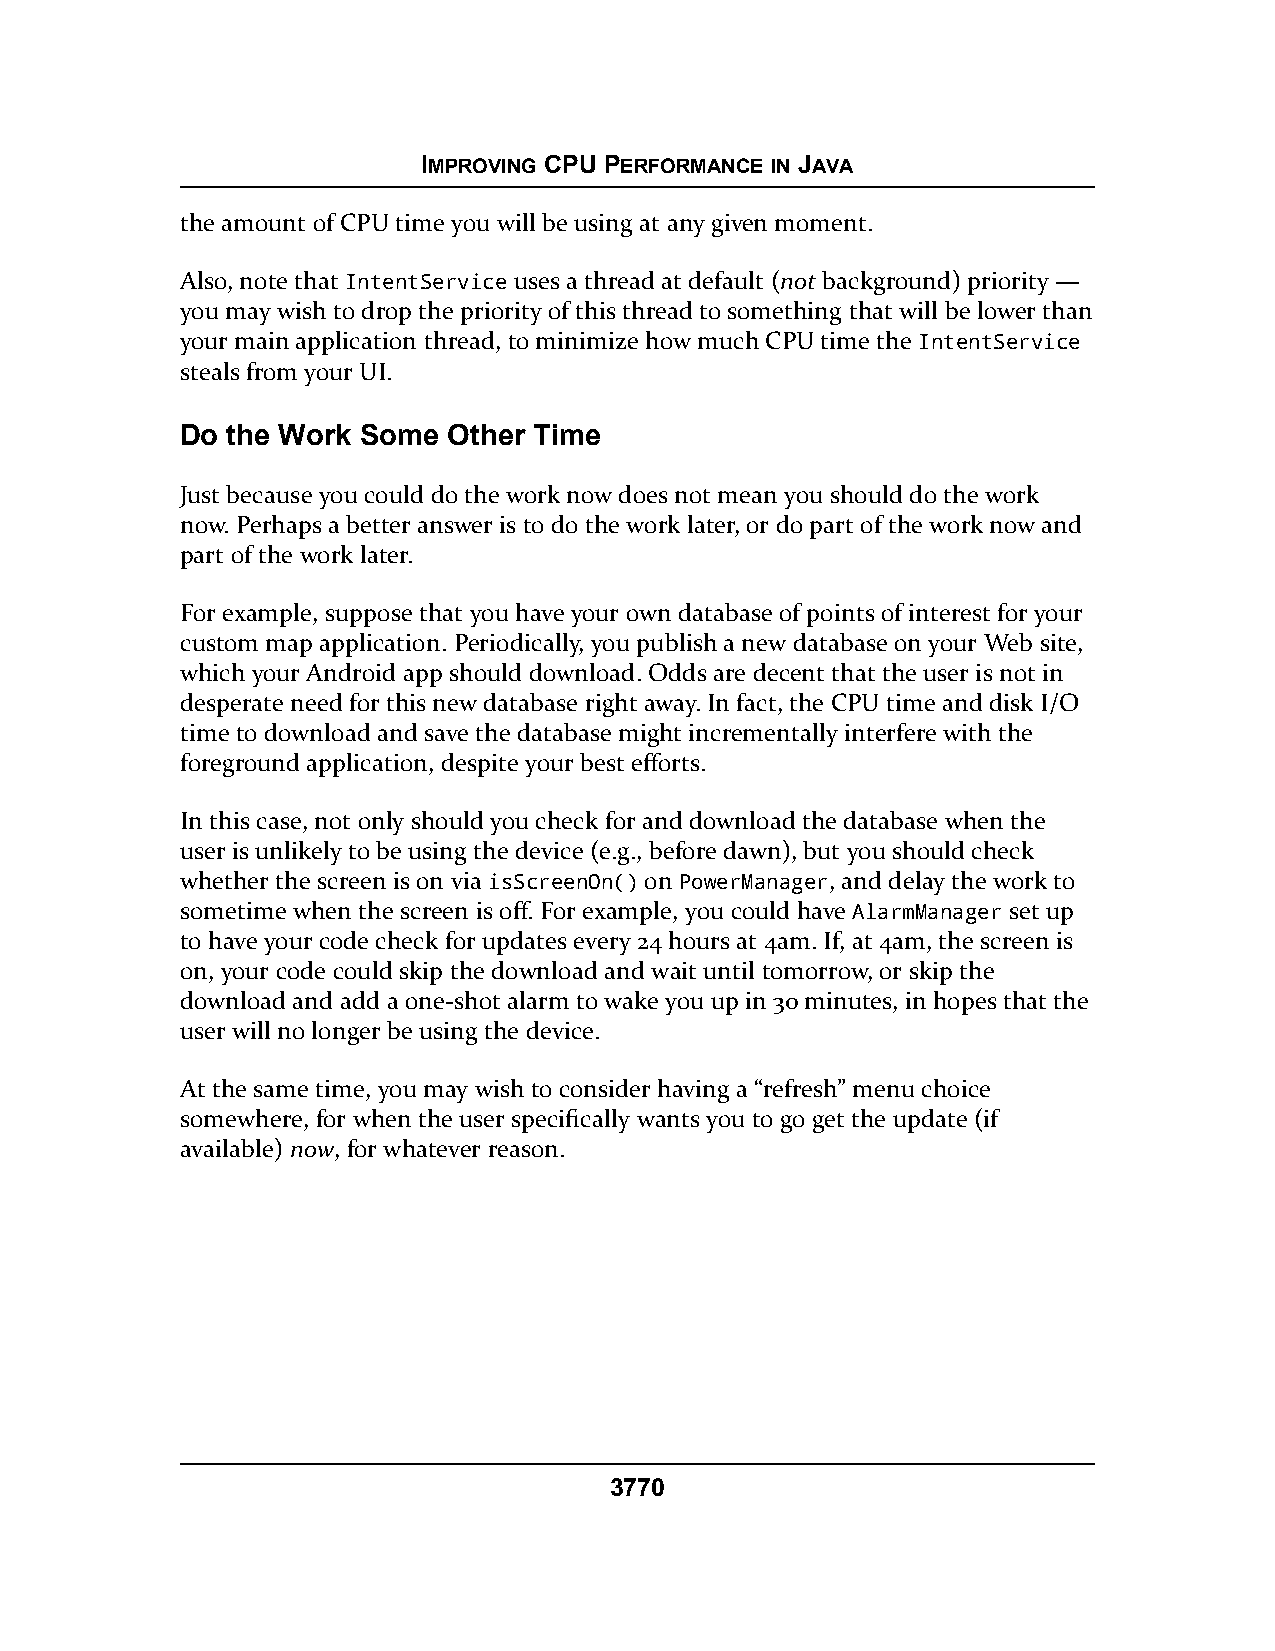
IMPROVING CPU PERFORMANCE IN JAVA
 the amount of CPU time you will be using at any given moment.
 Also, note that IntentService uses a thread at default (not background) priority —
 you may wish to drop the priority of this thread to something that will be lower than
 your main application thread, to minimize how much CPU time the IntentService
 steals from your UI.
 Do the Work Some  Other Time
 Just because you could do the work now does not mean you should do the work
 now. Perhaps a better answer is to do the work later, or do part of the work now and
 part of the work later.
 For example, suppose that you have your own database of points of interest for your
 custom map application. Periodically, you publish a new database on your Web site,
 which your Android app should download. Odds are decent that the user is not in
 desperate need for this new database right away. In fact, the CPU time and disk I/O
 time to download and save the database might incrementally interfere with the
 foreground application, despite your best efforts.
 In this case, not only should you check for and download the database when the
 user is unlikely to be using the device (e.g., before dawn), but you should check
 whether the screen is on via isScreenOn() on PowerManager, and delay the work to
 sometime when the screen is off. For example, you could have AlarmManager set up
 to have your code check for updates every 24 hours at 4am. If, at 4am, the screen is
 on, your code could skip the download and wait until tomorrow, or skip the
 download and add a one-shot alarm to wake you up in 30 minutes, in hopes that the
 user will no longer be using the device.
 At the same time, you may wish to consider having a “refresh” menu choice
 somewhere, for when the user specifically wants you to go get the update (if
 available) now, for whatever reason.
 3770